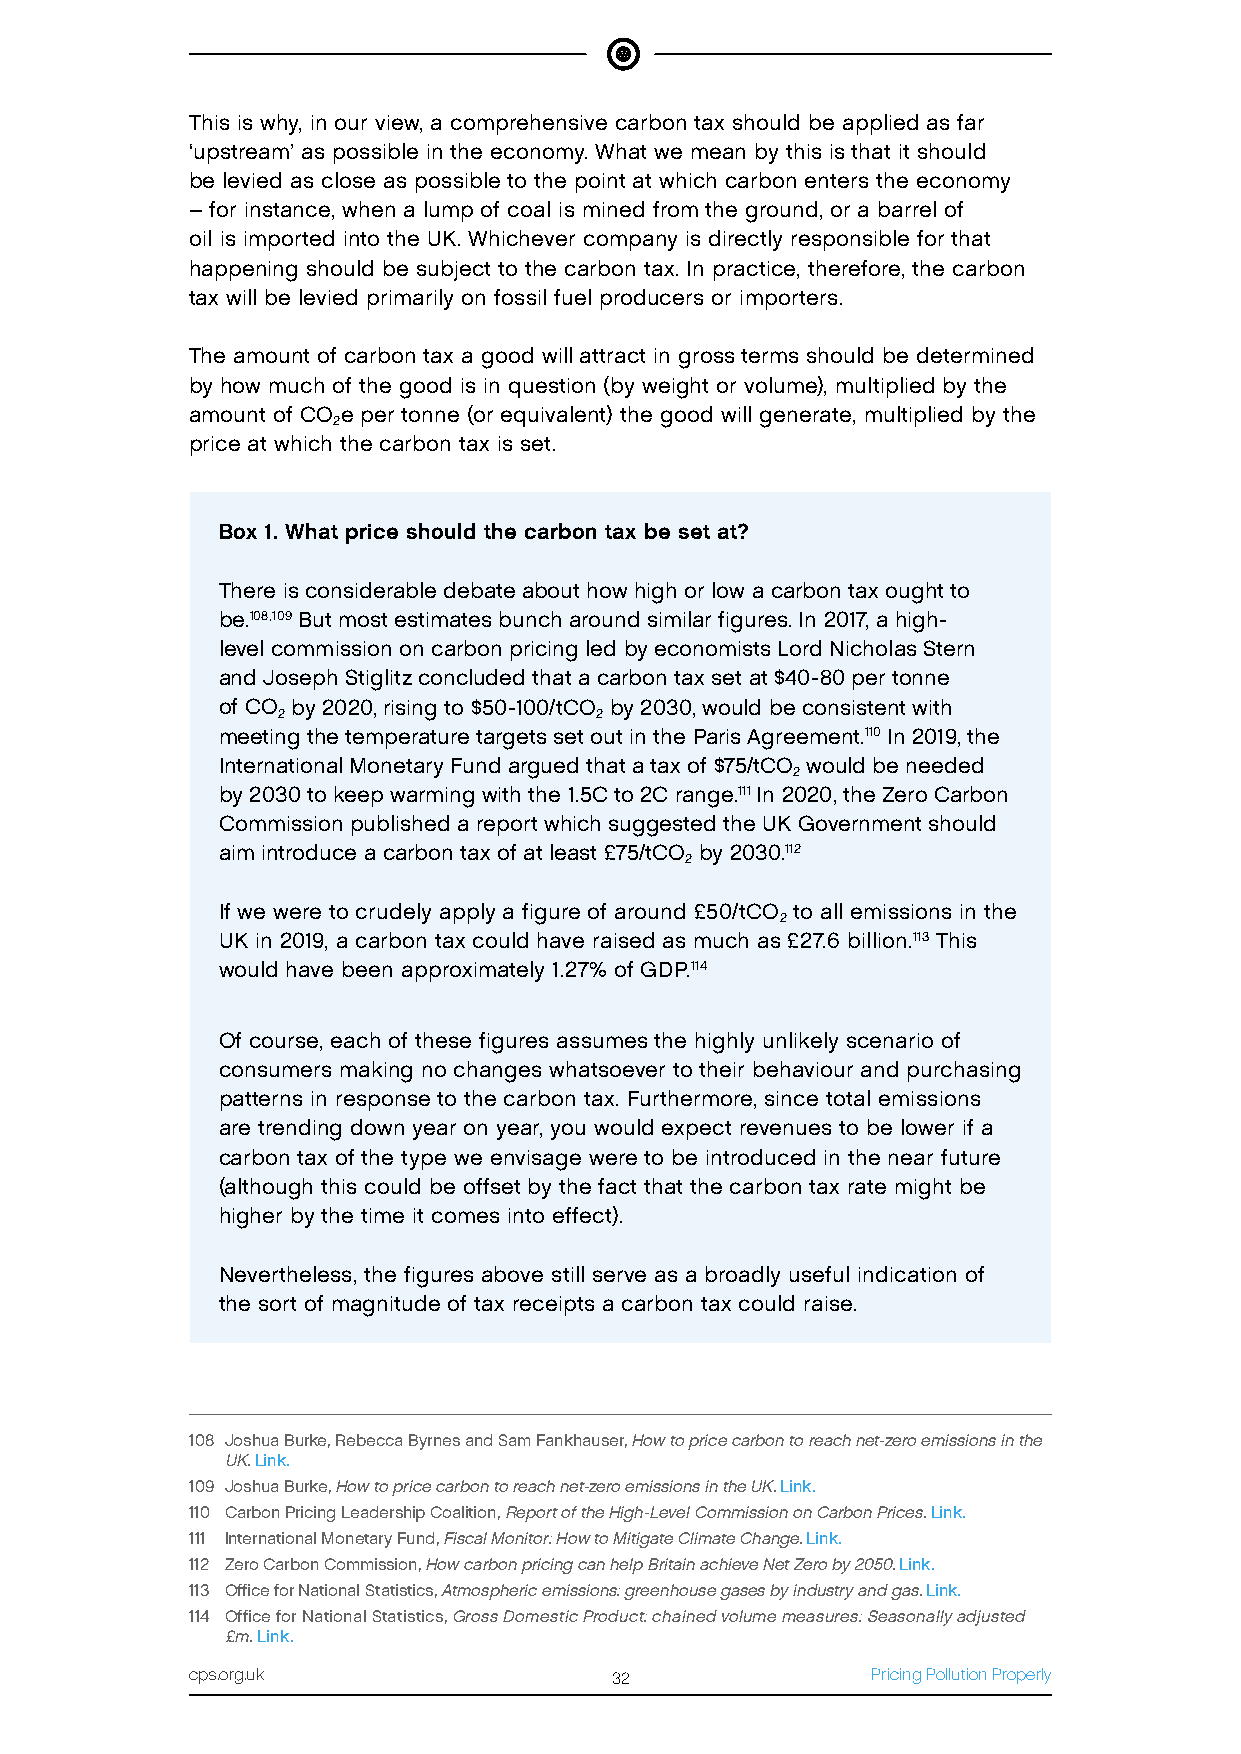
This is why, in our view, a comprehensive carbon tax should be applied as far
 ‘upstream’ as possible in the economy. What we mean by this is that it should
 be levied as close as possible to the point at which carbon enters the economy
 – for instance, when a lump of coal is mined from the ground, or a barrel of
 oil is imported into the UK. Whichever company is directly responsible for that
 happening should be subject to the carbon tax. In practice, therefore, the carbon
 tax will be levied primarily on fossil fuel producers or importers.
 The amount of carbon tax a good will attract in gross terms should be determined
 by how much of the good is in question (by weight or volume), multiplied by the
 amount of CO e per tonne (or equivalent) the good will generate, multiplied by the
 2
 price at which the carbon tax is set.
 Box 1. What price should the carbon tax be set at?
 There is considerable debate about how high or low a carbon tax ought to
 be.108,109 But most estimates bunch around similar figures. In 2017, a high-
 level commission on carbon pricing led by economists Lord Nicholas Stern
 and Joseph Stiglitz concluded that a carbon tax set at $40-80 per tonne
 of CO by 2020, rising to $50-100/tCO by 2030, would be consistent with
 2                    2
 meeting the temperature targets set out in the Paris Agreement.110 In 2019, the
 International Monetary Fund argued that a tax of $75/tCO would be needed
 2
 by 2030 to keep warming with the 1.5C to 2C range.111 In 2020, the Zero Carbon
 Commission published a report which suggested the UK Government should
 aim introduce a carbon tax of at least £75/tCO by 2030.112
 2
 If we were to crudely apply a figure of around £50/tCO to all emissions in the
 2
 UK in 2019, a carbon tax could have raised as much as £27.6 billion.113 This
 would have been approximately 1.27% of GDP.114
 Of course, each of these figures assumes the highly unlikely scenario of
 consumers making no changes whatsoever to their behaviour and purchasing
 patterns in response to the carbon tax. Furthermore, since total emissions
 are trending down year on year, you would expect revenues to be lower if a
 carbon tax of the type we envisage were to be introduced in the near future
 (although this could be offset by the fact that the carbon tax rate might be
 higher by the time it comes into effect).
 Nevertheless, the figures above still serve as a broadly useful indication of
 the sort of magnitude of tax receipts a carbon tax could raise.
 108 Joshua Burke, Rebecca Byrnes and Sam Fankhauser, How to price carbon to reach net-zero emissions in the
 UK. Link.
 109 Joshua Burke, How to price carbon to reach net-zero emissions in the UK. Link.
 110 Carbon Pricing Leadership Coalition, Report of the High-Level Commission on Carbon Prices. Link.
 111 International Monetary Fund, Fiscal Monitor: How to Mitigate Climate Change. Link.
 112 Zero Carbon Commission, How carbon pricing can help Britain achieve Net Zero by 2050. Link.
 113 Office for National Statistics, Atmospheric emissions: greenhouse gases by industry and gas. Link.
 114 Office for National Statistics, Gross Domestic Product: chained volume measures: Seasonally adjusted
 £m. Link.
 cps.org.uk                 32                Pricing Pollution Properly